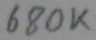
Text: 680K